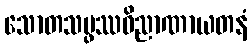
သောတသမ္ဖဿဝိညာဏာယတနံ